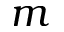
m